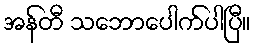
အန်တီ သဘောပေါက်ပါပြီ။